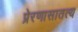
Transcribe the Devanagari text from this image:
प्रेरणासातत्य